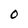
Character: O